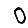
Digit: 0